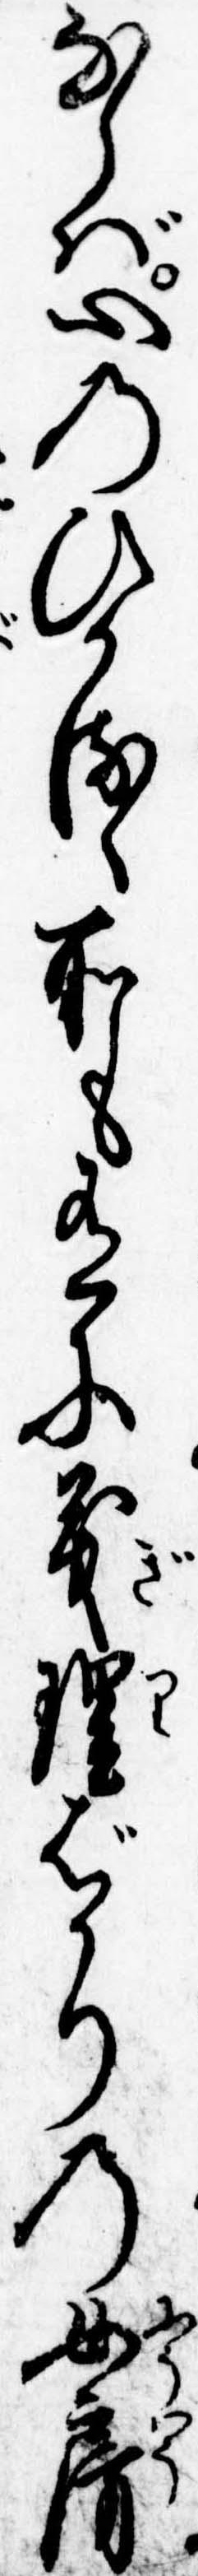
ならば心のひかるゝ所も有に義理ばかりの女房